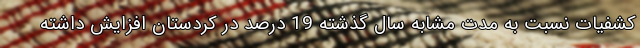
کشفیات نسبت به مدت مشابه سال گذشته 19 درصد در کردستان افزایش داشته